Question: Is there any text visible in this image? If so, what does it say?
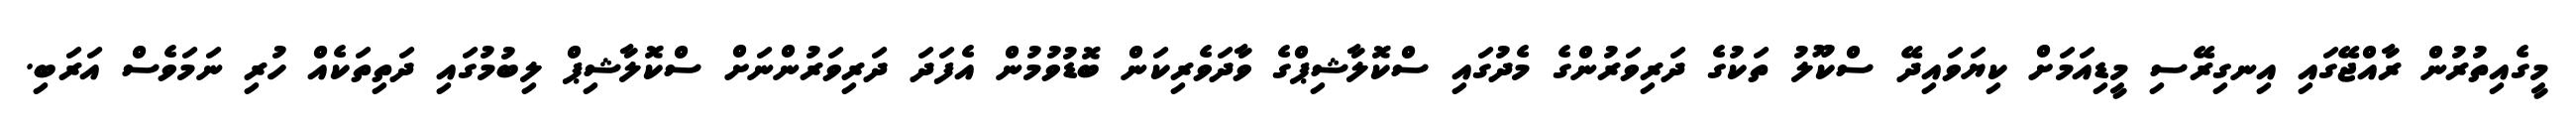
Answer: މީގެއިތުރުން ރާއްޖޭގައި އިނގިރޭސި މީޑިއަމަށް ކިޔަވައިދޭ ސްކޫލު ތަކުގެ ދަރިވަރުންގެ މެދުގައި ސްކޮލާޝިޕްގެ ވާދަވެރިކަން ބޮޑުވުމުން އެފަދަ ދަރިވަރުންނަށް ސްކޮލާޝިޕް ލިބުމުގައި ދަތިތަކެއް ހުރި ނަމަވެސް އަރަބި.